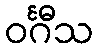
ဝင်္ဂီသ